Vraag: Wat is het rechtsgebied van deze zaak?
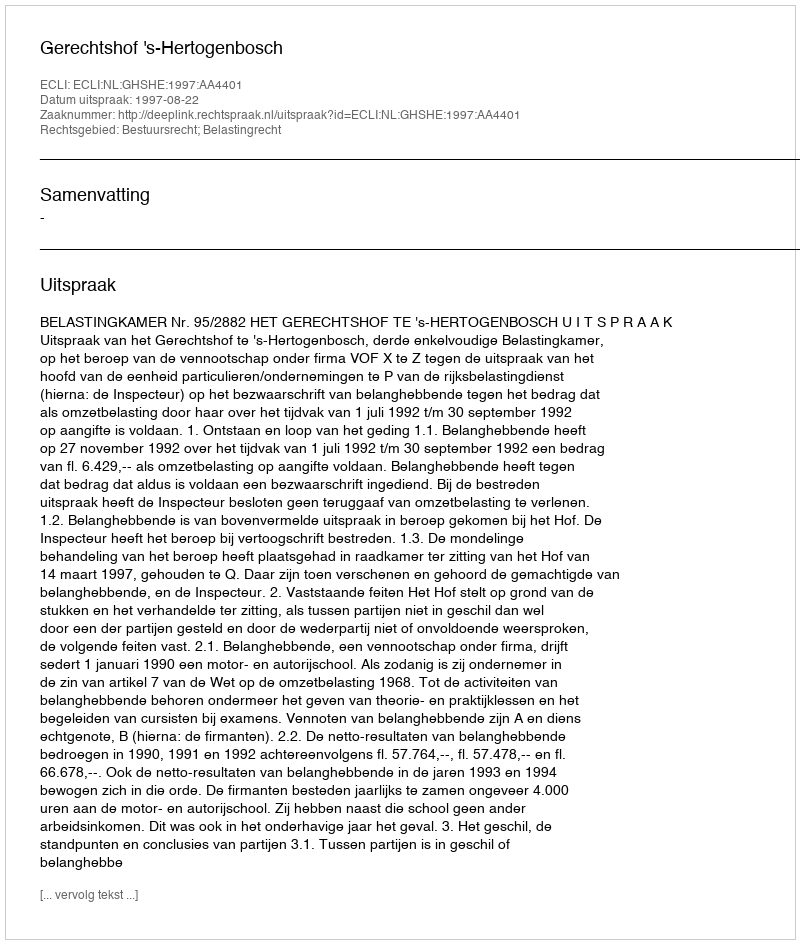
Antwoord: Bestuursrecht; Belastingrecht